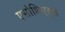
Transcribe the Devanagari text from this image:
एसोशिएट्स